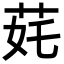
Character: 䒲